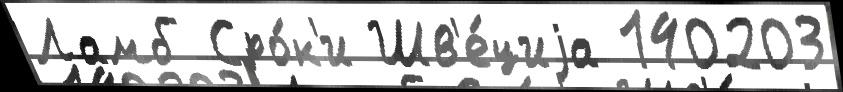
Ламб Сро́к'и Шв'е́циjа 140203